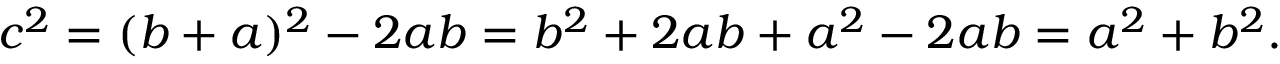
c ^ { 2 } = ( b + a ) ^ { 2 } - 2 a b = b ^ { 2 } + 2 a b + a ^ { 2 } - 2 a b = a ^ { 2 } + b ^ { 2 } .